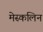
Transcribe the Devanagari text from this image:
मेस्कलिन